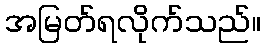
အမြတ်ရလိုက်သည်။